Plague in India, 1896, 1897 - Volume 1
Year: 1896
Disease focus: Plague
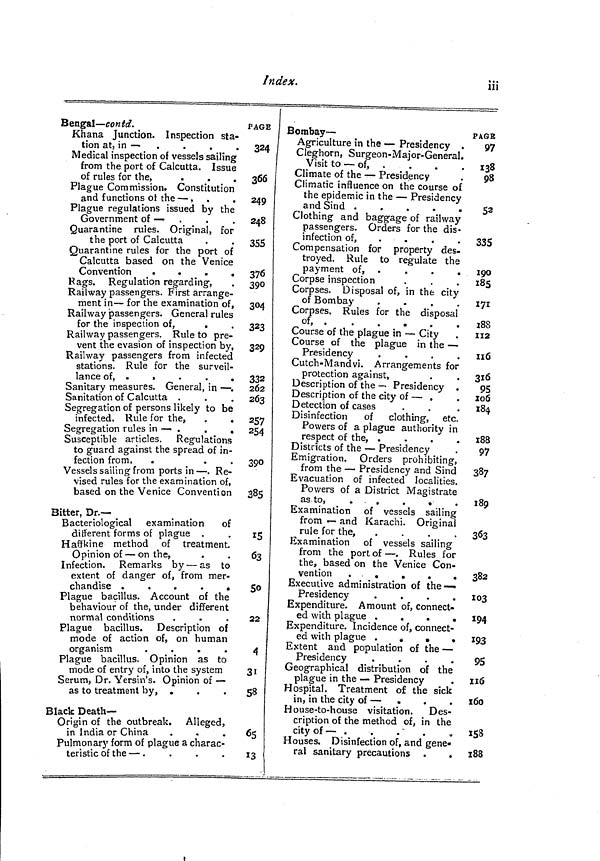
Index.
iii
Bengal — contd.
Khana Junction. Inspection sta-
tion at, in —
Medical inspection of vessels sailing
from the port of Calcutta. Issue
of rules for the,
Plague Commission. Constitution
and functions ot the — ,
Plague regulations issued by the
Government of —
Quarantine rules. Original, for
the port of Calcutta
Quarantine rules for the port of
Calcutta based on the Venice
Convention
.
«
.
.
Rags. Regulation regarding,
Railway passengers. First arrange-
ment in — for the examination of,
Railway passengers. General rules
for the inspection of,
Railway passengers. Rule to pre-
vent the evasion of inspection by,
Railway passengers from infected
stations. Rule for the surveil-
ï
llance
of
.
•
•
Sanitary measures. General, in — .
Sanitation of Calcutta .
Segregation of persons likely to be
infected. Rule for the,
.
.
Segregation rules in — .
.
.
Susceptible articles. Regulations
to guard against the spread of in-
fection from,
Vessels sailing from ports in — . Re-
vised rules for the examination of,
based on the Venice Convention
Bitter, Dr.—
Bacteriological examination
of
different forms of plague .
HaffUine method of treatment.
Opinion of — on the,
Infection. Remarks by — as to
extent of danger of, from mer-
chandise .
«
•
•
Plague bacillus. Account of the
behaviour of the, under different
normal conditions
Plague bacillus. Description of
mode of action of, on human
organism
.
.
.
.
Plague bacillus. Opinion as to
níode of entry of, into the system
Serum, Dr. Yersin's. Opinion of —
as to treatment by, .
Black Death-
Origin of the outbreak. Alleged,
in India or China
.
»
Pulmonary form of plague a charac-
teristic of the — .
PAGE
324
366
249
248
355
376
390
304
323
329
332
W*J"*
262
263
257
254
390
385
I5
63
So
22
4
31
58
65
13
Bombay —
Agriculture in the — Presidency .
Cleg-horn, Surgeon-Major-General.
Visit to — of, .
Climate of the — Presidency
Climatic influence on the course of
the epidemic in the — Presidency
and Sind .
.
.
.
.
Clothing and baggage of railway
passengers. Orders for the dis-
infection of,
....
Compensation for property des-
troyed. Rule to regulate the
payment of s
.
.
.
Corpse inspection
Corpses. Disposal of, in the city
of Bombay
.
.
.
.
Corpses. Rules for the disposal
of,
.
.
.
.
.
"-"•y
•
•
•
w
•
•
Course of the plague in — City
Course of the plague in the —
Presidency
.
.
.
.
Cutch-Mandvi. Arrangements for
protection against,
Description of the — Presidency .
Description of the city of — .
Detection of cases
Disinfection
of clothing, etc.
Powers of a plague authority in
respect of the, .
.
.
.
Districts of the — Presidency
Emigration. Orders prohibiting,
from the — Presidency and Sind
Evacuation of infected localities.
Powers of a District Magistrate
as. to,
.
,
.
«
.
Examination of vessels sailing
from — and Karachi. Original
rule for the,
.
.
.
.
Examination of vessels sailing
from the port of — . Rules for
the, based on the Venice Con-
vention
.
.
.
.
Executive administration of the —
Presidency
.
.
.
.
Expenditure. Amount of, connect-
ed with plague .
.
.
.
Expenditure. Incidence of, connect-
ed with plague
»
•
•
Extent and population of the —
Presidency
.
.
.
.
Geographical distribution of the
plague in the — Presidency
Hospital. Treatment of the sick
in, in the city of —
House-to-house visitation. Des-
cription of the method of, in the
city of — .
Houses. Disinfection of, and gene-
ral sanitary precautions .
•
PAGE
97
138
98
52
335
190
185
171
188
112
116
316
95
106
184
188
97
387
1 89
*uy
363
382
103
194
193
95
116
160
158
188